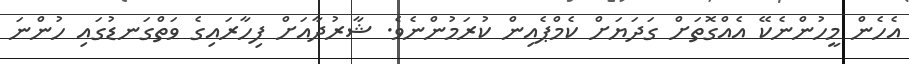
އެހެން މީހުންނެކޭ އެއްގޮތަށް ގަދަޔަށް ކެމްޕެއިން ކުރަމުންނެވެ. ޝާރުދާއަށް ފިހާރައިގެ ވަތްގަނޑުގައި ހުންނަ